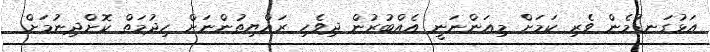
އަޅުގަނޑުމެން ވެރި ކަމަށް މިއަންނަނީ އެއްބުރުން ދިވެހި ރައްޔިތުންނަށް ހިދުމަތް ކޮށްދިނުމަށް